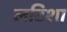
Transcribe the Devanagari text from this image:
लटिशा